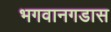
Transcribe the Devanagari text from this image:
भगवानगडास